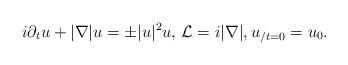
LaTeX: \begin{align*} i \partial_t u + \vert \nabla \vert u = \pm |u|^2 u, \, \mathcal{L}= i \vert \nabla \vert, u_{/t=0}= u_{0}. \end{align*}